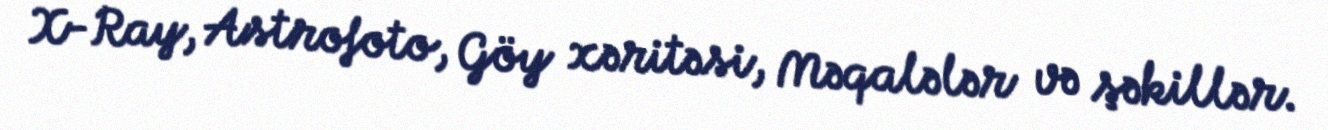
X-Ray, Astrofoto, Göy xəritəsi, Məqalələr və şəkillər.